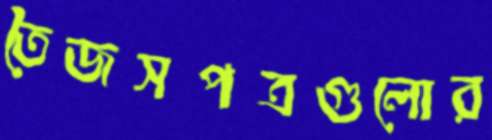
তৈজসপত্রগুলোর